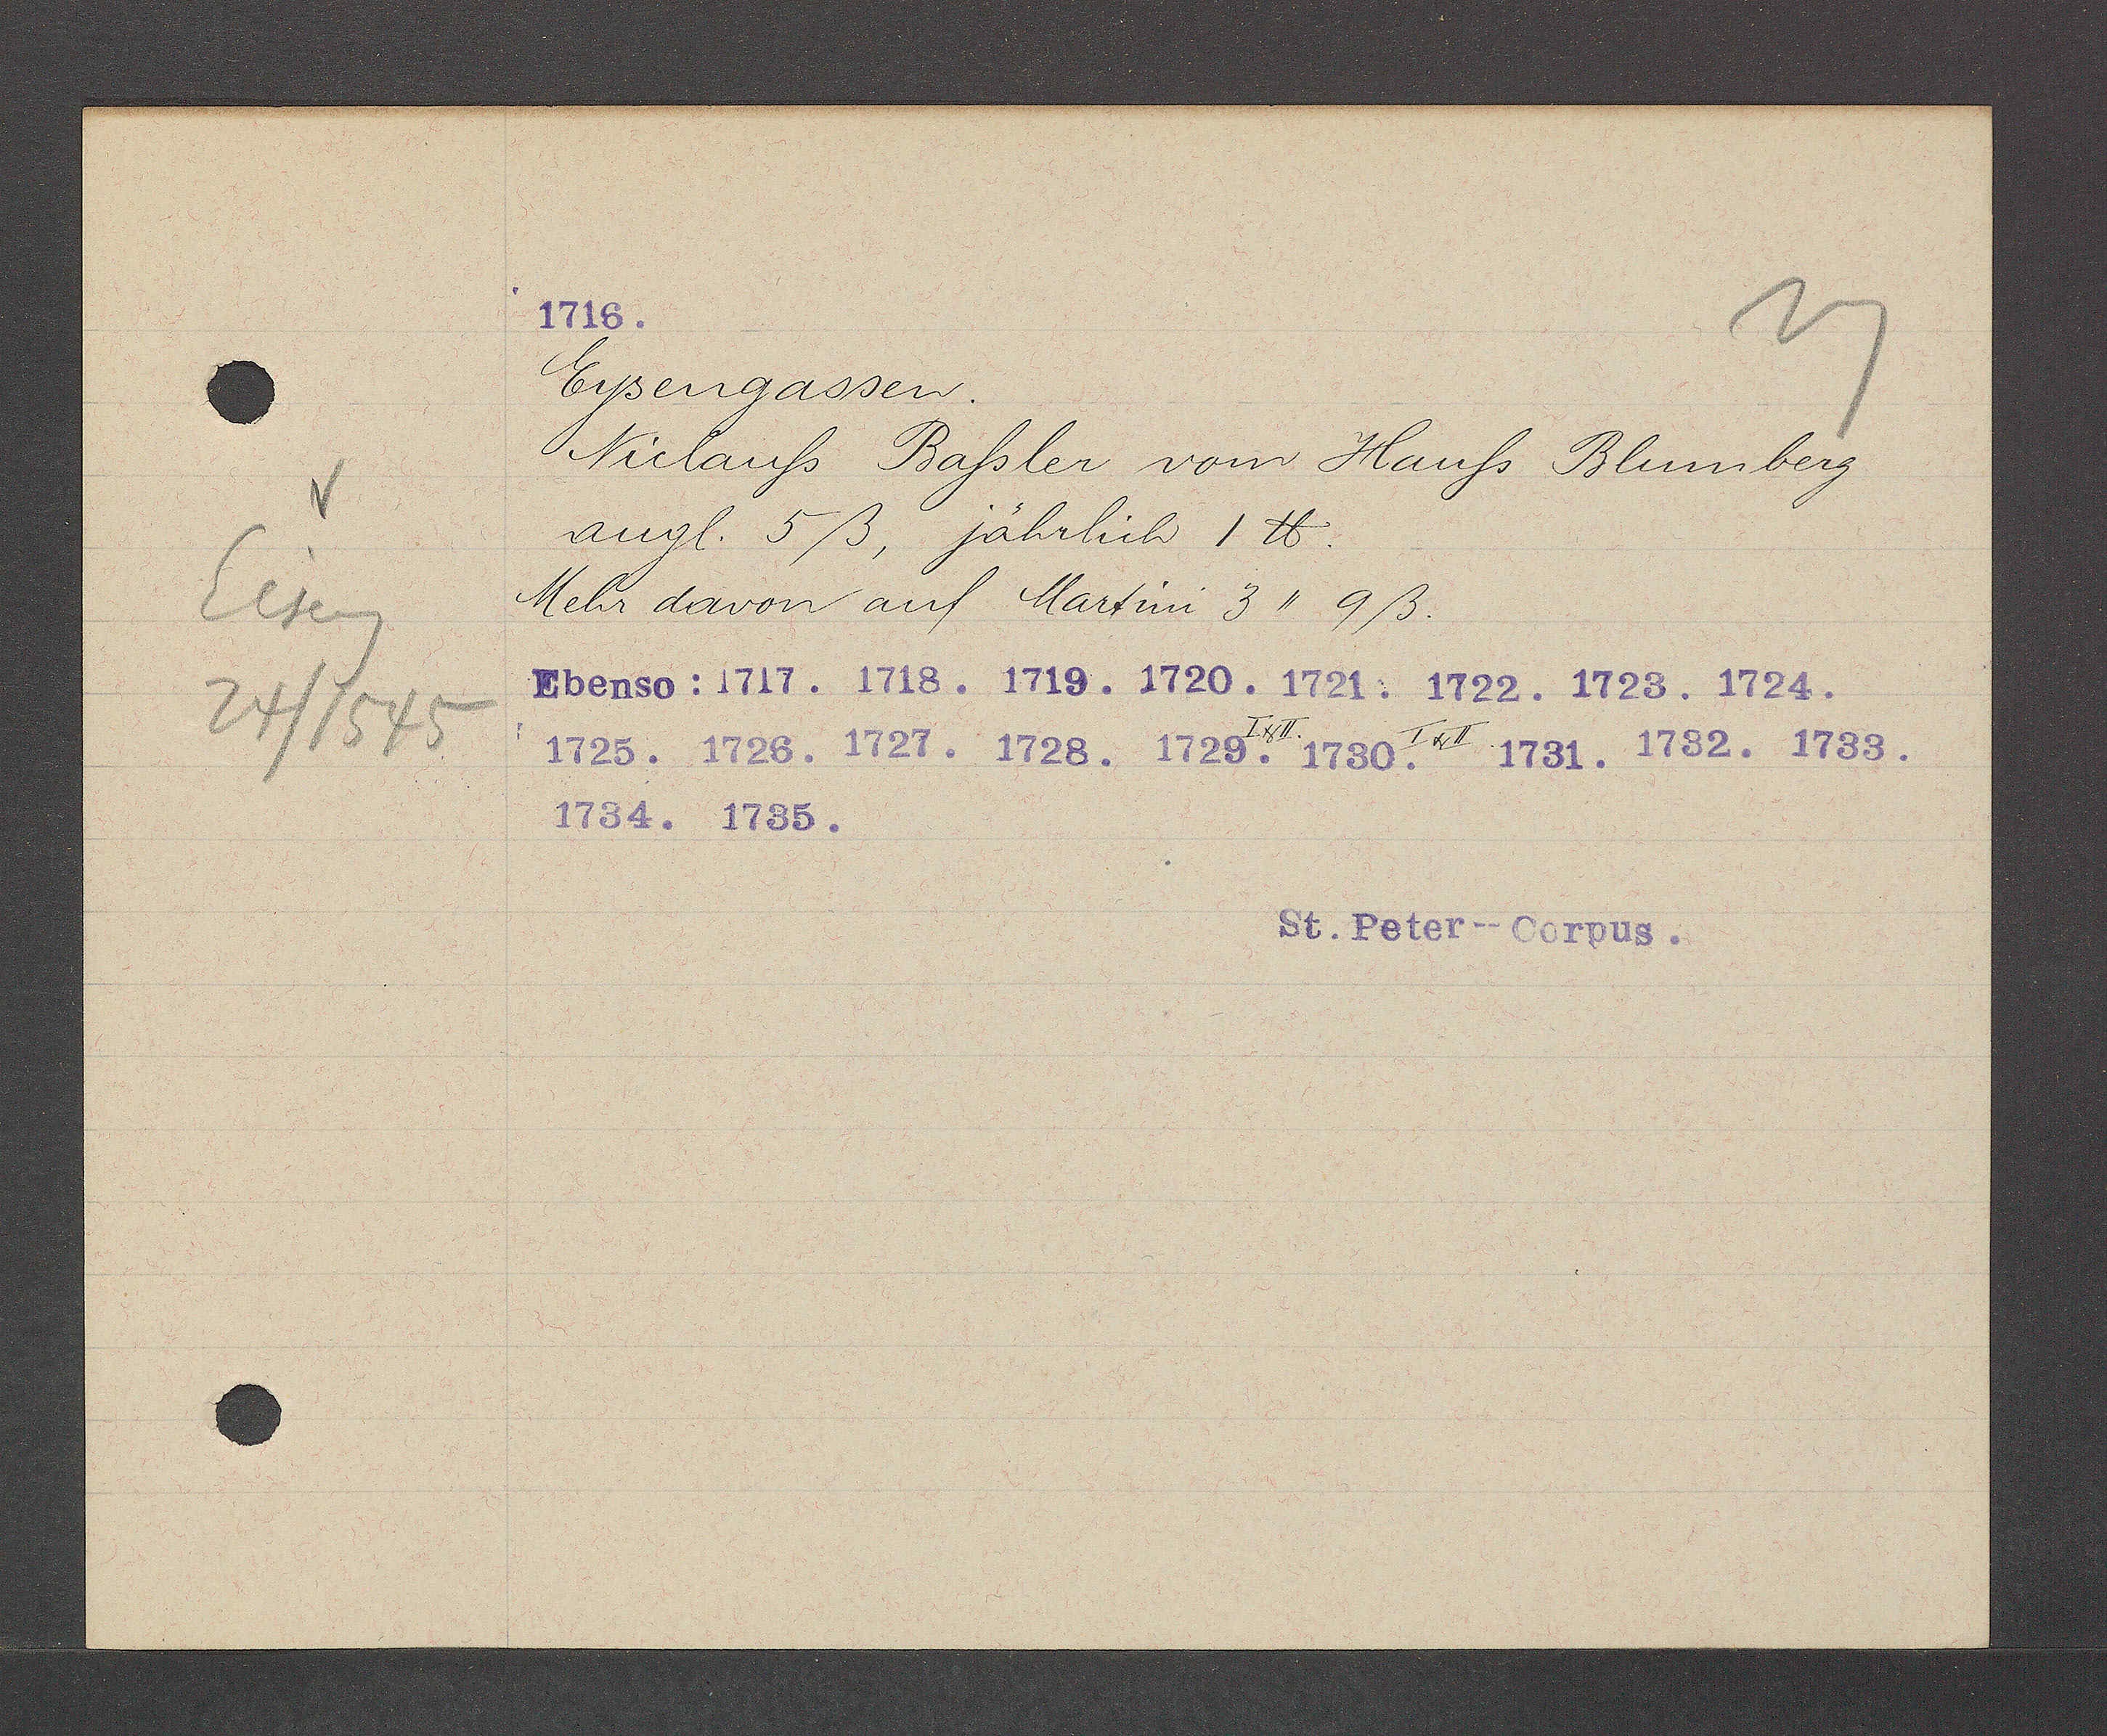
Transcript:
Eiseng
24/1545

Eysengassen.
Niclauß Baßler vom Hauß Blumberg
angl. 5ß, jährlich 1 ℔.
Mehr davon auf Martini 3 " 9ß.